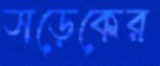
সড়েকের